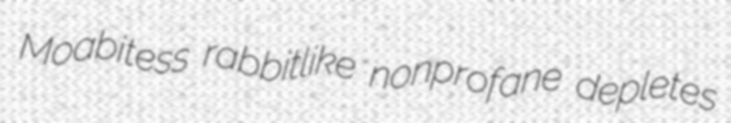
Moabitess rabbitlike nonprofane depletes